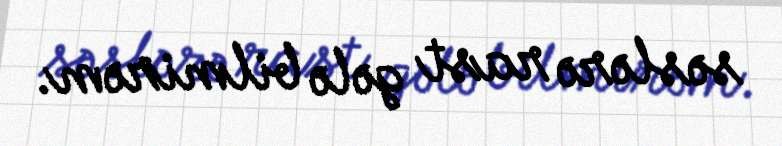
səslərə rast gələ bilmirəm.